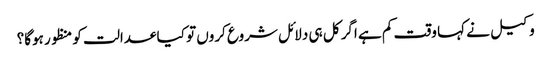
وکیل نے کہا وقت کم ہے اگر کل ہی دلائل شروع کروں تو کیا عدالت کو منظور ہوگا؟